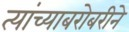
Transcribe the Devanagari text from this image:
त्यांच्याबरोबरीने